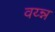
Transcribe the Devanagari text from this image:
वय्न्न